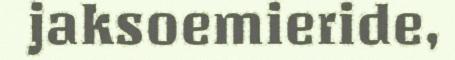
jaksoemieride,